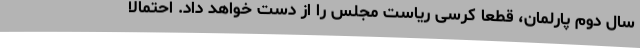
سال دوم پارلمان، قطعا کرسی ریاست مجلس را از دست خواهد داد. احتمالا